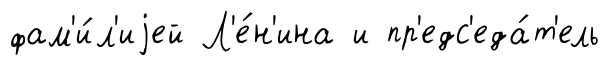
фам'и́л'иjей Л'е́н'ина и пр'едс'еда́т'ель